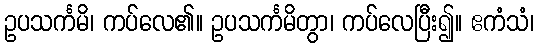
ဥပသင်္ကမိ၊ ကပ်လေ၏။ ဥပသင်္ကမိတွာ၊ ကပ်လေပြီး၍။ ဧကံသံ၊